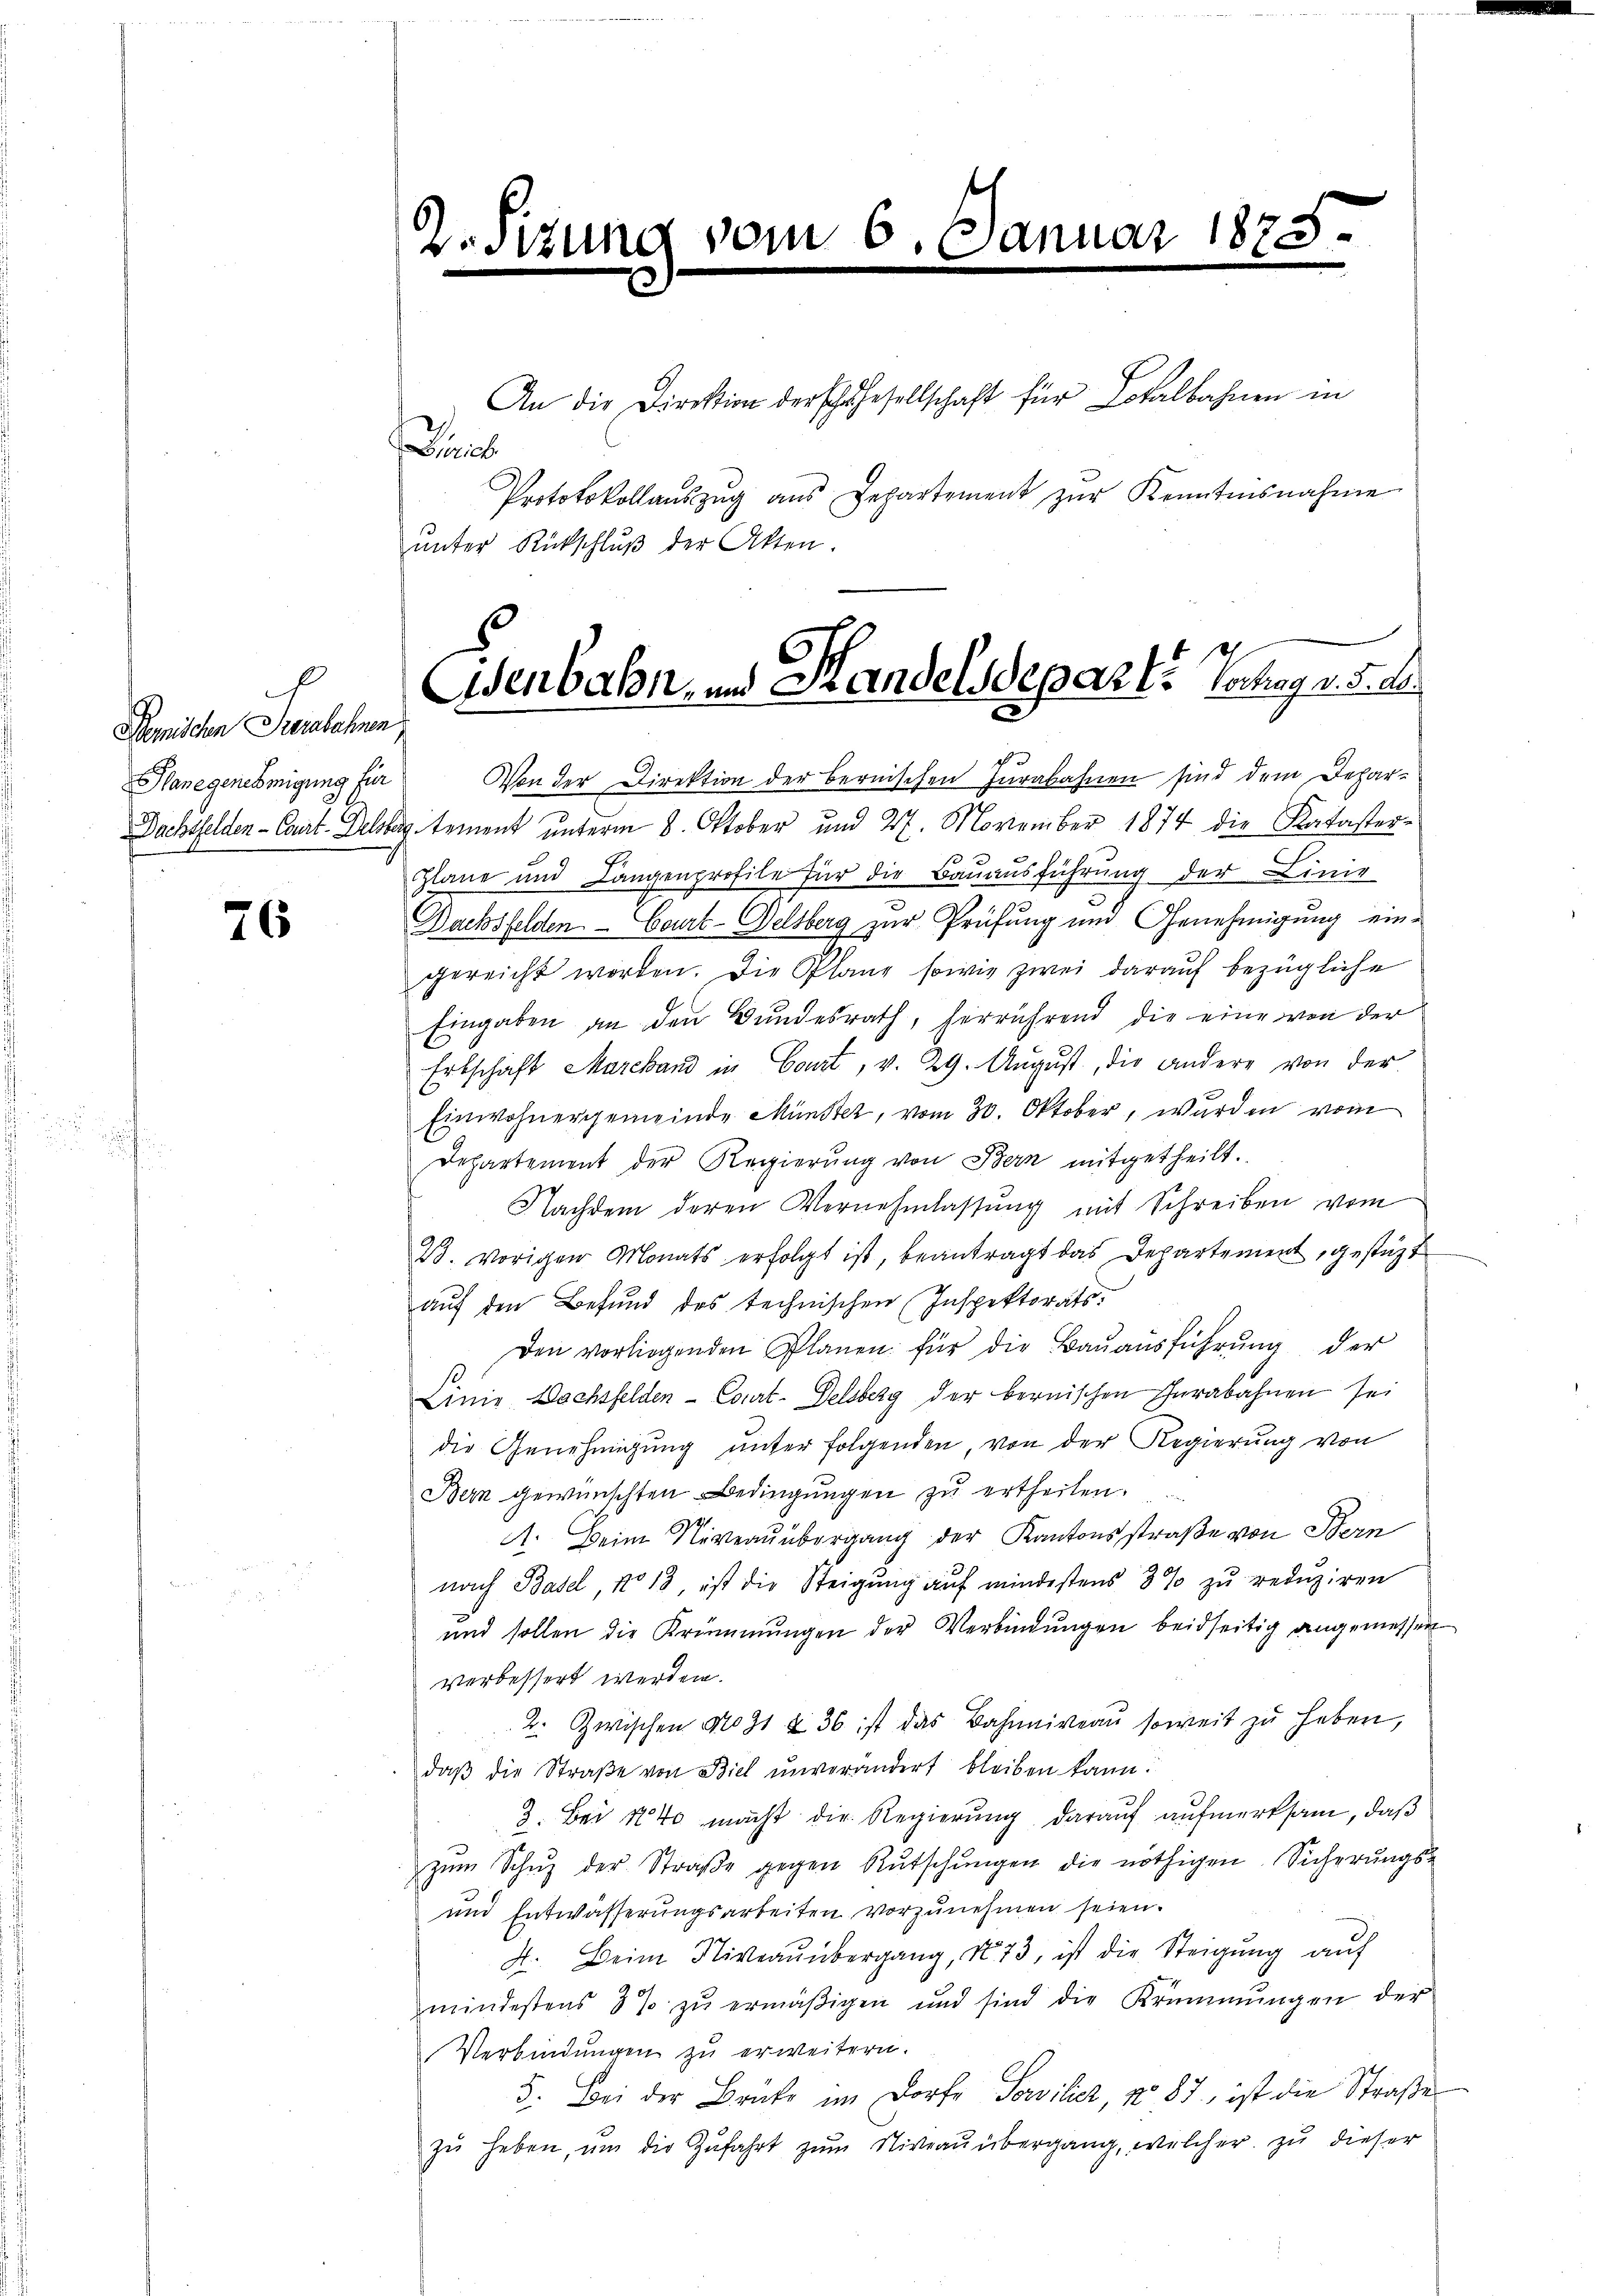
Demischen Berechnen

76

2.

Diric

Prototokollaŭszŭg aŭs Departement zŭr Kenntnisnahme
unter Rückschluß der Akten.
a
Hanegenehmigung für Von der Direktion der bernischen Iurabahnen sind dem Depar-
Dachsfelden - Caut. Delsburg tement unterm 8. Oktober und 27. November 1874 die Katasterplane und Langenprofile für die Bauausführung der Linie
Dachsfelden - Court-Delsberg zur Prüfung und Genehmigung ein-
gereicht worden. Die Plane sowie zwei darauf bezügliche
Eingaben an den Bundesrath, herrührend die eine von der
Erbschaft Marchand in Court, v. 29. August, die andere von der
Einwohnergemeinde Münster, vom 30. Oktober, wurden vom
Departement der Regierŭng von Bern mitgetheilt.
Nachdem deren Vernehmlassŭng mit Schreiben vom
W. vorigen Monats erfolgt ist, beantragt das Departement, gestützt
aŭf den Befund des technischen Inspektorats-
Den vorliegenden Planen für die Baŭaŭsführŭng der
s
Linie Wachsfelden-Court. Delsberg der bernischen Curabahnen sei
die Genehmigung unter folgenden, von der Regierung von
Bern gewünschten Bedingungen zu ertheilen.
A. Beim Niveauübergang der Kantonsstraße von Bern
nach Basel, No 18, ist die Steigung auf mindestens 3% zu reduziren
und sollen die Krümmungen der Verbindŭngen beidseitig angemessen
verbessert werden.
2. Zwischen No 91 § 36 ist das Bahniveau soweit zu haben,
daβ die Straβe von Biel unverändert bleiben kann.
3. Bei 140 macht die Regierung darauf aufmerksam, daß
zŭm Schuz der Straβe gegen Rutschungen die nöthigen Sicherungs-
und Entwässerungsarbeiten vorzunehmen seien.
4. Beim Niveaŭnbergang, No 73, ist die Steigŭng aŭf
mindestens 3 % zu ermäßigen und sind die Krümmungen der
Verbindungen zu erweitern.
5. Bei der Brüke im Dorfe Sowilich, No 87, ist die Straße
zŭ heben, ŭm die Zŭfahrt zŭm Niveaŭübergang, welcher zŭ dieser

An 6. 10

nar

An die Direktion der schähesellschaft für Lokalbahnen in

1878

Eisenbahn, und Handelsdeparte Trage u. de